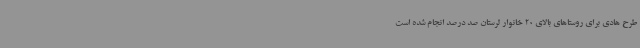
طرح هادی برای روستاهای بالای 20 خانوار لرستان صد درصد انجام شده است